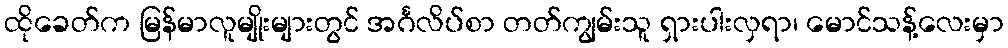
ထိုခေတ်က မြန်မာလူမျိုးများတွင် အင်္ဂလိပ်စာ တတ်ကျွမ်းသူ ရှားပါးလှရာ၊ မောင်သန့်လေးမှာ